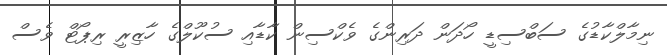
ނިމާލްކާޑުގެ ސަބްސިޑީ ހޯދަން ދަރިންގެ ވެކްސިން ކާޑާއި ސުކޫލްގެ ހާޒިރީ ރިޕޯޓް ވެސް